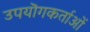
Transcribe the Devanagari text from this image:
उपयॊगकर्ताओं